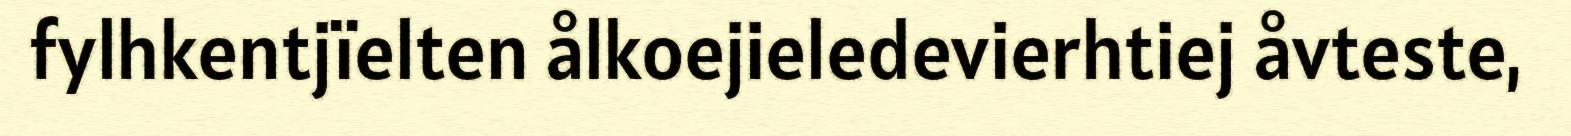
fylhkentjïelten ålkoejieledevierhtiej åvteste,